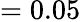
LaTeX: =0.05